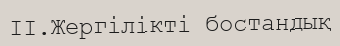
II.Жергілікті бостандық